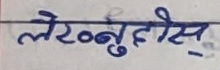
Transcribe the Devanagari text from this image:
लरेन्बुहोस्